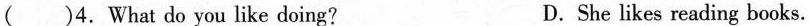
( )4. What do you like doing? D. She likes reading books.